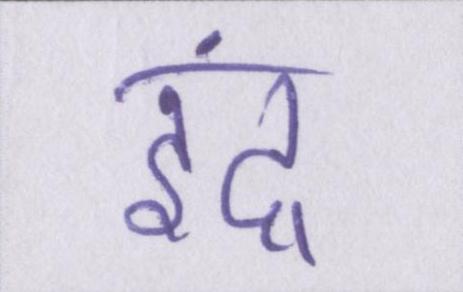
इंद्र